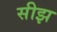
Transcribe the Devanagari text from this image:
सीझ